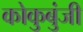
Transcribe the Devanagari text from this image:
कोकुबुंजी